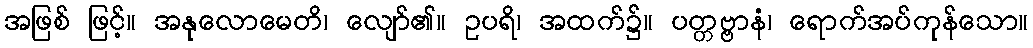
အဖြစ် ဖြင့်။ အနုလောမေတိ၊ လျော်၏။ ဥပရိ၊ အထက်၌။ ပတ္တဗ္ဗာနံ၊ ရောက်အပ်ကုန်သော။